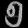
Digit: ၅